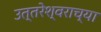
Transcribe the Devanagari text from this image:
उत्तरेश्वराच्या